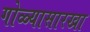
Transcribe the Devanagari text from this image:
गोळ्यासारखा